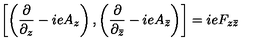
\left[ \left( \frac { \partial } { \partial _ { z } } - i e A _ { z } \right) , \left( \frac { \partial } { \partial _ { \bar { z } } } - i e A _ { \bar { z } } \right) \right] = i e F _ { z \bar { z } }